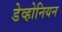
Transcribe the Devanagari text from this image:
डेव्होनियन